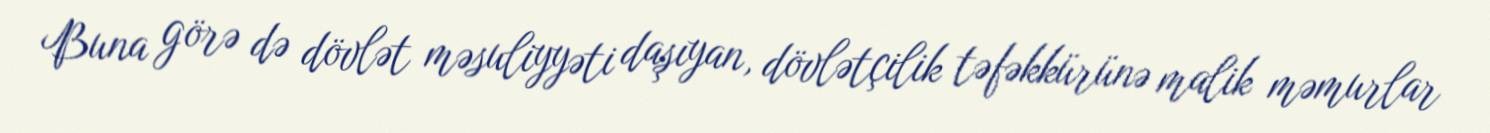
Buna görə də dövlət məsuliyyəti daşıyan, dövlətçilik təfəkkürünə malik məmurlar